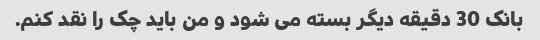
بانک 30 دقیقه دیگر بسته می شود و من باید چک را نقد کنم.